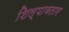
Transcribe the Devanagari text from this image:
शिल्पावतार